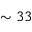
\sim 3 3